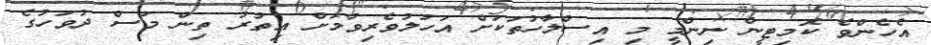
އެހެންވެ ކޮމިޓީން ނިންމީ މި އިސްލާހުތަކަށް އަހުލުވެރިވުމަށް އިތުރު ތިން މަސް ދުވަހުގެ